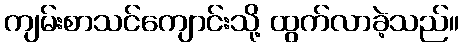
ကျမ်းစာသင်ကျောင်းသို့ ထွက်လာခဲ့သည်။